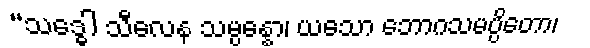
“သဒ္ဓေါ သီလေန သမ္ပန္နော၊ ယသော ဘောဂသမပ္ပိတော၊